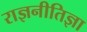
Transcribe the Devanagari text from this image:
राज्ञनीतिज्ञा